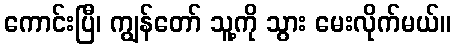
ကောင်းပြီ၊ ကျွန်တော် သူ့ကို သွား မေးလိုက်မယ်။